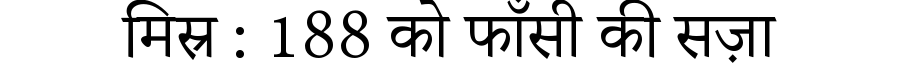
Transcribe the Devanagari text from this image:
मिस्र : 188 को फाँसी की सज़ा